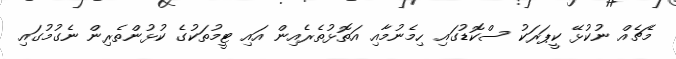
މެޗެއް ނުކުޅޭ ކީޕަރަކު ސްކޮޑުގައި ހިމެނުމާއި އަތޮޅުތެރެއިން އައި ޓީމުތަކުގެ ކުޅުންތެރިން ނެގުމުގައި